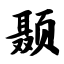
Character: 颞